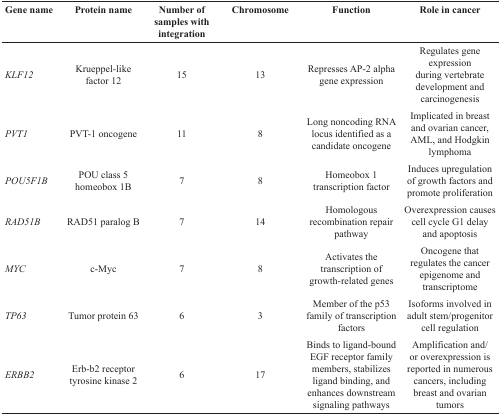
<table><thead><tr><td><b>Gene name</b></td><td><b>Protein name</b></td><td><b>Number of samples with integration</b></td><td><b>Chromosome</b></td><td><b>Function</b></td><td><b>Role in cancer</b></td></tr></thead><tbody><tr><td><i>KLF12</i></td><td>Krueppel-like factor 12</td><td>15</td><td>13</td><td>Represses AP-2 alpha gene expression</td><td>Regulates gene expression during vertebrate development and carcinogenesis</td></tr><tr><td><i>PVT1</i></td><td>PVT-1 oncogene</td><td>11</td><td>8</td><td>Long noncoding RNA locus identified as a candidate oncogene</td><td>Implicated in breast and ovarian cancer, AML, and Hodgkin lymphoma</td></tr><tr><td><i>POU5F1B</i></td><td>POU class 5 homeobox 1B</td><td>7</td><td>8</td><td>Homeobox 1 transcription factor</td><td>Induces upregulation of growth factors and promote proliferation</td></tr><tr><td><i>RAD51B</i></td><td>RAD51 paralog B</td><td>7</td><td>14</td><td>Homologous recombination repair pathway</td><td>Overexpression causes cell cycle G1 delay and apoptosis</td></tr><tr><td><i>MYC</i></td><td>c-Myc</td><td>7</td><td>8</td><td>Activates the transcription of growth-related genes</td><td>Oncogene that regulates the cancer epigenome and transcriptome</td></tr><tr><td><i>TP63</i></td><td>Tumor protein 63</td><td>6</td><td>3</td><td>Member of the p53 family of transcription factors</td><td>Isoforms involved in adult stem/progenitor cell regulation</td></tr><tr><td><i>ERBB2</i></td><td>Erb-b2 receptor tyrosine kinase 2</td><td>6</td><td>17</td><td>Binds to ligand-bound EGF receptor family members, stabilizes ligand binding, and enhances downstream signaling pathways</td><td>Amplification and/or overexpression is reported in numerous cancers, including breast and ovarian tumors</td></tr></tbody></table>